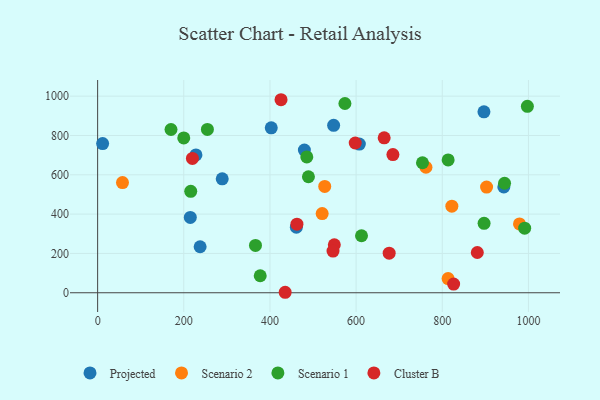
{"axis": {"x": "Distance", "y": "Yield"}, "legend": ["Cluster B", "Projected", "Scenario 1", "Scenario 2"], "data": [{"x": "607.5", "y": 756.5, "type": "Projected"}, {"x": "289.2", "y": 579.6, "type": "Projected"}, {"x": "228.2", "y": 700.9, "type": "Projected"}, {"x": "237.9", "y": 234.1, "type": "Projected"}, {"x": "942.8", "y": 538.1, "type": "Projected"}, {"x": "547.8", "y": 851.5, "type": "Projected"}, {"x": "215.1", "y": 383.3, "type": "Projected"}, {"x": "11.6", "y": 758.7, "type": "Projected"}, {"x": "461.3", "y": 333.8, "type": "Projected"}, {"x": "479.9", "y": 725.6, "type": "Projected"}, {"x": "896.7", "y": 920.2, "type": "Projected"}, {"x": "403.0", "y": 839.2, "type": "Projected"}, {"x": "762.1", "y": 638.5, "type": "Scenario 2"}, {"x": "521.2", "y": 403.0, "type": "Scenario 2"}, {"x": "822.2", "y": 440.5, "type": "Scenario 2"}, {"x": "813.5", "y": 72.1, "type": "Scenario 2"}, {"x": "527.1", "y": 540.9, "type": "Scenario 2"}, {"x": "902.8", "y": 537.7, "type": "Scenario 2"}, {"x": "57.7", "y": 560.4, "type": "Scenario 2"}, {"x": "979.2", "y": 350.0, "type": "Scenario 2"}, {"x": "377.4", "y": 86.4, "type": "Scenario 1"}, {"x": "489.3", "y": 590.1, "type": "Scenario 1"}, {"x": "574.0", "y": 962.7, "type": "Scenario 1"}, {"x": "366.4", "y": 240.6, "type": "Scenario 1"}, {"x": "991.2", "y": 328.7, "type": "Scenario 1"}, {"x": "170.3", "y": 830.5, "type": "Scenario 1"}, {"x": "813.6", "y": 675.8, "type": "Scenario 1"}, {"x": "754.0", "y": 661.3, "type": "Scenario 1"}, {"x": "897.0", "y": 352.9, "type": "Scenario 1"}, {"x": "254.8", "y": 831.0, "type": "Scenario 1"}, {"x": "485.5", "y": 690.7, "type": "Scenario 1"}, {"x": "997.5", "y": 948.4, "type": "Scenario 1"}, {"x": "216.1", "y": 515.9, "type": "Scenario 1"}, {"x": "199.9", "y": 787.6, "type": "Scenario 1"}, {"x": "612.5", "y": 290.0, "type": "Scenario 1"}, {"x": "944.5", "y": 557.0, "type": "Scenario 1"}, {"x": "597.9", "y": 761.7, "type": "Cluster B"}, {"x": "881.3", "y": 204.8, "type": "Cluster B"}, {"x": "549.4", "y": 244.2, "type": "Cluster B"}, {"x": "462.6", "y": 348.6, "type": "Cluster B"}, {"x": "435.3", "y": 2.4, "type": "Cluster B"}, {"x": "826.3", "y": 44.1, "type": "Cluster B"}, {"x": "665.1", "y": 788.2, "type": "Cluster B"}, {"x": "425.7", "y": 981.9, "type": "Cluster B"}, {"x": "220.0", "y": 683.3, "type": "Cluster B"}, {"x": "685.4", "y": 703.0, "type": "Cluster B"}, {"x": "676.7", "y": 201.2, "type": "Cluster B"}, {"x": "546.4", "y": 212.2, "type": "Cluster B"}]}